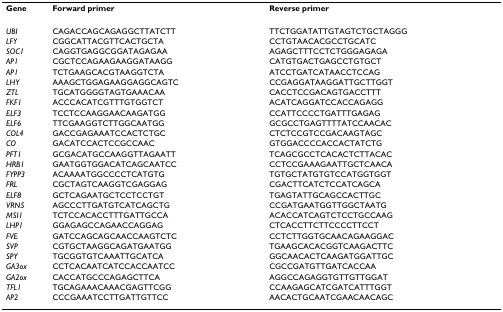
<table><thead><tr><td><b>Gene</b></td><td><b>Forward primer</b></td><td><b>Reverse primer</b></td></tr></thead><tbody><tr><td><i>UBI</i></td><td>CAGACCAGCAGAGGCTTATCTT</td><td>TTCTGGATATTGTAGTCTGCTAGGG</td></tr><tr><td><i>LFY</i></td><td>CGGCATTACGTTCACTGCTA</td><td>CCTGTAACACGCCTGCATC</td></tr><tr><td><i>SOC1</i></td><td>CAGGTGAGGCGGATAGAGAA</td><td>AGAGCTTTCCTCTGGGAGAGA</td></tr><tr><td><i>AP1</i></td><td>CGCTCCAGAAGAAGGATAAGG</td><td>CATGTGACTGAGCCTGTGCT</td></tr><tr><td><i>AP1</i></td><td>TCTGAAGCACGTAAGGTCTA</td><td>ATCCTGATCATAACCTCCAG</td></tr><tr><td><i>LHY</i></td><td>AAAGCTGGAGAAGGAGGCAGTC</td><td>CCGAGGATAAGGATTGCTTGGT</td></tr><tr><td><i>ZTL</i></td><td>TGCATGGGGTAGTGAAACAA</td><td>CACCTCCGACAGTGACCTTT</td></tr><tr><td><i>FKF1</i></td><td>ACCCACATCGTTTGTGGTCT</td><td>ACATCAGGATCCACCAGAGG</td></tr><tr><td><i>ELF3</i></td><td>TCCTCCAAGGAACAAGATGG</td><td>CCATTCCCCTGATTTGAGAG</td></tr><tr><td><i>ELF6</i></td><td>TTCGAAGGTCTTGGCAATGG</td><td>GCGCCTGAGTTTTATCCAACAC</td></tr><tr><td><i>COL4</i></td><td>GACCGAGAAATCCACTCTGC</td><td>CTCTCCGTCCGACAAGTAGC</td></tr><tr><td><i>CO</i></td><td>GACATCCACTCCGCCAAC</td><td>GTGGACCCCACCACTATCTG</td></tr><tr><td><i>PFT1</i></td><td>GCGACATGCCAAGGTTAGAATT</td><td>TCAGCGCCTCACACTCTTACAC</td></tr><tr><td><i>HRB1</i></td><td>GAATGGTGGACATCAGCAATCC</td><td>CCTCCGAAAGAATTGCTCAACA</td></tr><tr><td><i>FYPP3</i></td><td>ACAAAATGGCCCCTCATGTG</td><td>TGTGCTATGTGTCCATGGTGGT</td></tr><tr><td><i>FRL</i></td><td>CGCTAGTCAAGGTCGAGGAG</td><td>CGACTTCATCTCCATCAGCA</td></tr><tr><td><i>ELF8</i></td><td>GCTCAGAATGCTCCTCCTGT</td><td>TGAGTATTGCAGCCACTTGC</td></tr><tr><td><i>VRN5</i></td><td>AGCCCTTGATGTCATCAGCTG</td><td>CCGATGAATGGTTGGCTAATG</td></tr><tr><td><i>MSI1</i></td><td>TCTCCACACCTTTGATTGCCA</td><td>ACACCATCAGTCTCCTGCCAAG</td></tr><tr><td><i>LHP1</i></td><td>GGAGAGCCAGAACCAGGAG</td><td>CTCACCTTCTTCCCCTTCCT</td></tr><tr><td><i>FVE</i></td><td>GATCCAGCAGCAACCAAGTCTC</td><td>CCTCTTGGTGCAACAGAAGGAC</td></tr><tr><td><i>SVP</i></td><td>CGTGCTAAGGCAGATGAATGG</td><td>TGAAGCACACGGTCAAGACTTC</td></tr><tr><td><i>SPY</i></td><td>TGCGGTGTCAAATTGCATCA</td><td>GGCAACACTCAAGATGGATTGC</td></tr><tr><td><i>GA3ox</i></td><td>CCTCACAATCATCCACCAATCC</td><td>CGCCGATGTTGATCACCAA</td></tr><tr><td><i>GA2ox</i></td><td>CACCATGCCCAGAGCTTCA</td><td>AGGCCAGAGGTGTTGTTGGAT</td></tr><tr><td><i>TFL1</i></td><td>TGCAGAAACAAACGAGTTCGG</td><td>CCAAGAGCATCGATCATTTGGT</td></tr><tr><td><i>AP2</i></td><td>CCCGAAATCCTTGATTGTTCC</td><td>AACACTGCAATCGAACAACAGC</td></tr></tbody></table>